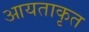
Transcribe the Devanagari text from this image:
आयताकृत